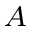
_ A